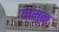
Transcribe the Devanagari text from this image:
यामूळ